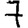
Digit: 7